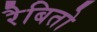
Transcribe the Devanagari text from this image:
रैबितो